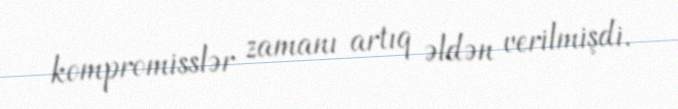
kompromisslər zamanı artıq əldən verilmişdi.